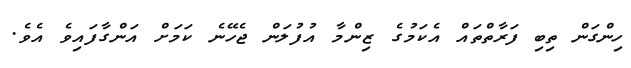
ހިންގަން ތިބި ފަރާތްތައް އެކަމުގެ ޒިންމާ އުފުލަން ޖެހޭނެ ކަމަށް އަންގާފައިވެ އެވެ.